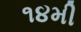
૧૪મી